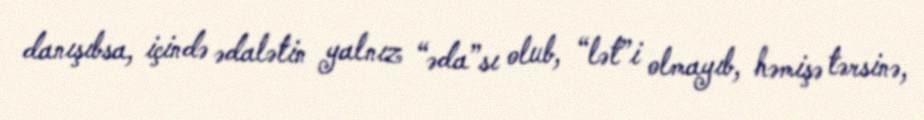
danışıbsa, içində ədalətin yalnız “əda”sı olub, “lət”i olmayıb, həmişə tərsinə,